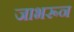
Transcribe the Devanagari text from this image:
जाभरून